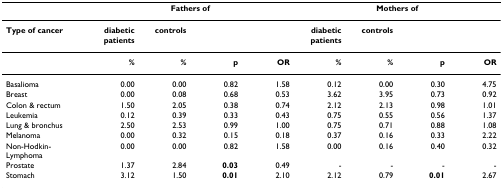
|  | <COLSPAN=4> Fathers of | <COLSPAN=4> Mothers of |
 | --- | --- | --- | --- | --- | --- | --- | --- | --- |
 | Type of cancer | diabetic patients | controls |  |  | diabetic patients | controls |  |  |
 |  | % | % | p | OR | % | % | p | OR |
 | Basalioma | 0.00 | 0.00 | 0.82 | 1.58 | 0.12 | 0.00 | 0.30 | 4.75 |
 | Breast | 0.00 | 0.08 | 0.68 | 0.53 | 3.62 | 3.95 | 0.73 | 0.92 |
 | Colon & rectum | 1.50 | 2.05 | 0.38 | 0.74 | 2.12 | 2.13 | 0.98 | 1.01 |
 | Leukemia | 0.12 | 0.39 | 0.33 | 0.43 | 0.75 | 0.55 | 0.56 | 1.37 |
 | Lung & bronchus | 2.50 | 2.53 | 0.99 | 1.00 | 0.75 | 0.71 | 0.88 | 1.08 |
 | Melanoma | 0.00 | 0.32 | 0.15 | 0.18 | 0.37 | 0.16 | 0.33 | 2.22 |
 | Non-Hodkin-Lymphoma | 0.00 | 0.00 | 0.82 | 1.58 | 0.00 | 0.16 | 0.40 | 0.32 |
 | Prostate | 1.37 | 2.84 | 0.03 | 0.49 | - | - | - | - |
 | Stomach | 3.12 | 1.50 | 0.01 | 2.10 | 2.12 | 0.79 | 0.01 | 2.67 |